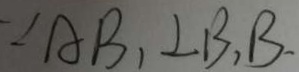
\because A B _ { 1 } \bot B _ { 1 } B .